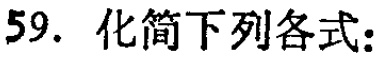
59. 化简下列各式：